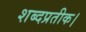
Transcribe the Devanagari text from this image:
शब्दप्रतीक।